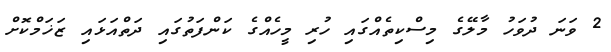
2 ވަނަ ދުވަހު މާލޭގެ މިސްކިތެއްގައި ހުރި މީހެއްގެ ކަންފަތުގައި ދަތްއަޅައި ޒަޚަމްކޮށް